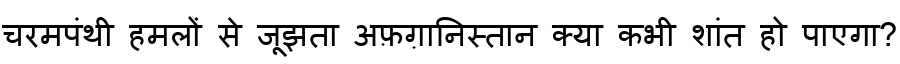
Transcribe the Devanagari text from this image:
चरमपंथी हमलों से जूझता अफ़ग़ानिस्तान क्या कभी शांत हो पाएगा?